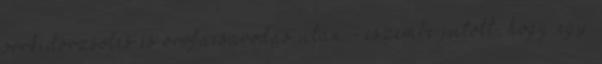
orrkidörzsölés és orrfacsarodás után - eszembe jutott, hogy egy